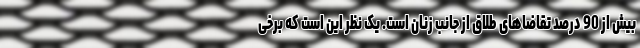
بیش از 90 درصد تقاضاهای طلاق از جانب زنان است. یک نظر این است که برخی